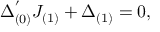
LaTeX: \Delta _ { ( 0 ) } ^ { ' } J _ { ( 1 ) } + \Delta _ { ( 1 ) } = 0 ,